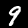
Digit: 9